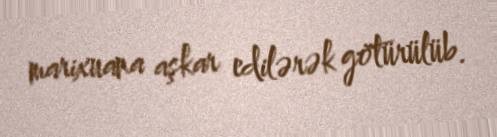
marixuana aşkar edilərək götürülüb.